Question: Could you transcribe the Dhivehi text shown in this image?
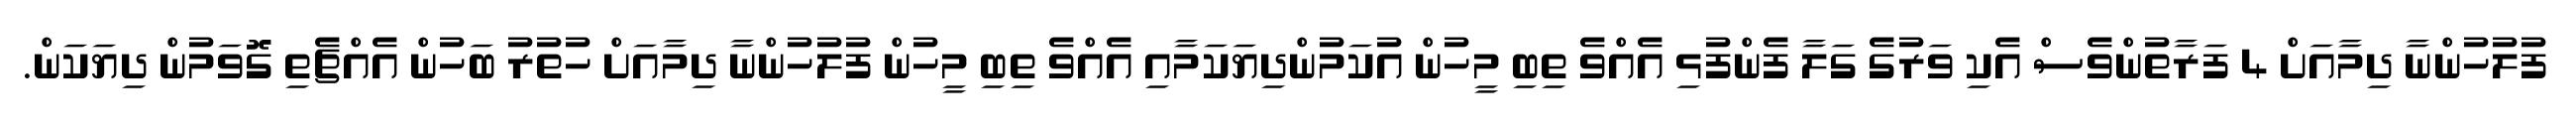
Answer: ފުލުހުންނާ ދިމާއަށް 4 ފަރާތުންވެސް އެކި ވަރުގެ ގަލާ ފެންފުޅި އެއްވެ ތިބި މީހުން އުކަމުންދިޔަކަމާއި އެއްވެ ތިބި މީހުން ފުލުހުންނާ ދިމާއަށް ހުތުރު ބަހުން އެއްޗެތި ގޮވަމުން ދިޔަކަން.